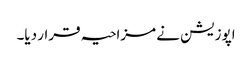
اپوزیشن نے مزاحیہ قرار دیا۔